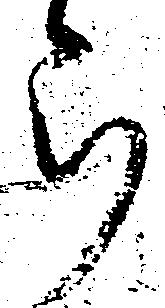
ら